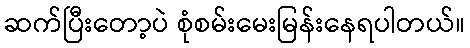
ဆက်ပြီးတော့ပဲ စုံစမ်းမေးမြန်းနေရပါတယ်။